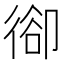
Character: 𢔱